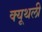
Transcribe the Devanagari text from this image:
क्यूथली